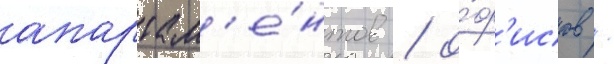
апартам'е́нтов / о́ф'исов /